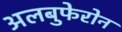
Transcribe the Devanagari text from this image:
अलबुफेरोन